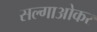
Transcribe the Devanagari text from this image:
सल्गाओकर